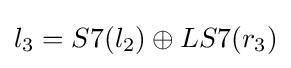
l_{3}=S7(l_{2})\oplus LS7(r_{3})